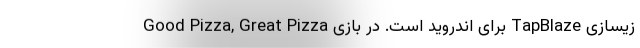
زیسازی TapBlaze برای اندروید است. در بازی Good Pizza, Great Pizza